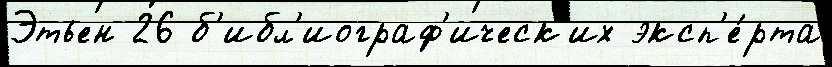
Этьен 26 б'ибл'иограф'ическ'их эксп'е́рта